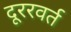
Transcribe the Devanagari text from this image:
दूररवर्त